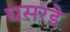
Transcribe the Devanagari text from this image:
घसरडे